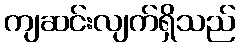
ကျဆင်းလျက်ရှိသည်